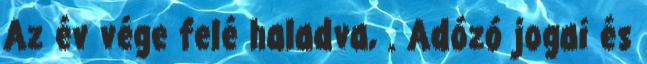
Az év vége felé haladva, . Adózó jogai és